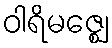
ဝါရိမဇ္ဈေ